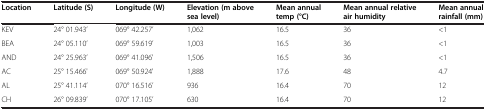
<table><thead><tr><td><b>Location</b></td><td><b>Latitude (S)</b></td><td><b>Longitude (W)</b></td><td><b>Elevation (m above sea level)</b></td><td><b>Mean annual temp (°C)</b></td><td><b>Mean annual relative air humidity</b></td><td><b>Mean annual rainfall (mm)</b></td></tr></thead><tbody><tr><td>KEV</td><td>24° 01.943’</td><td>069° 42.257’</td><td>1,062</td><td>16.5</td><td>36</td><td>&lt;1</td></tr><tr><td>BEA</td><td>24° 05.110’</td><td>069° 59.619’</td><td>1,003</td><td>16.5</td><td>36</td><td>&lt;1</td></tr><tr><td>AND</td><td>24° 25.963’</td><td>069° 41.096&#x27;</td><td>1,506</td><td>16.5</td><td>36</td><td>&lt;1</td></tr><tr><td>AC</td><td>25° 15.466&#x27;</td><td>069° 50.924&#x27;</td><td>1,888</td><td>17.6</td><td>48</td><td>4.7</td></tr><tr><td>AL</td><td>25° 41.114’</td><td>070° 16.516’</td><td>936</td><td>16.4</td><td>70</td><td>12</td></tr><tr><td>CH</td><td>26° 09.839’</td><td>070° 17.105’</td><td>630</td><td>16.4</td><td>70</td><td>12</td></tr></tbody></table>